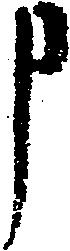
申